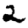
Digit: 2